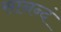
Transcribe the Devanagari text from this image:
सानन्दं